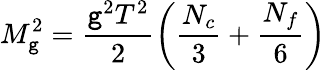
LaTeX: M_{\mathtt{g}}^{2}=\frac{{\mathtt{g}^{2}T^{2}}}{{2}}\left(\frac{{N_{c}}}{{3}}+\frac{{N_{f}}}{{6}}\right)